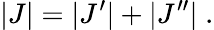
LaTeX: |J|=|J^{\prime}|+|J^{\prime\prime}|\; .